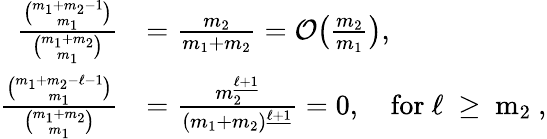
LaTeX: \begin{array}{rl}{\frac{\binom{m_{1}+m_{2}-1}{m_{1}}}{\binom{m_{1}+m_{2}}{m_{1}}}}&{=\frac{m_{2}}{m_{1}+m_{2}}=\mathcal{O}\big(\textstyle{\frac{m_{2}}{m_{1}}}\big),}\\ {\frac{\binom{m_{1}+m_{2}-\ell-1}{m_{1}}}{\binom{m_{1}+m_{2}}{m_{1}}}}&{=\frac{m_{2}^{\underline{{\ell+1}}}}{(m_{1}+m_{2})^{\underline{{\ell+1}}}}=0,\quad\mathrm{for~\ell~\ge~m_2~},}\end{array}